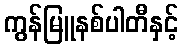
ကွန်မြူနစ်ပါတီနှင့်